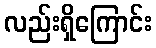
လည်းရှိကြောင်း